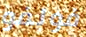
فولفو